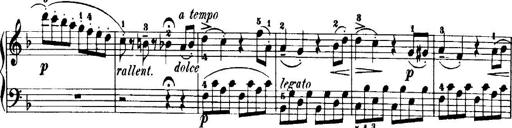
Title: 7 Sonatinas
Composer: Anton Diabelli